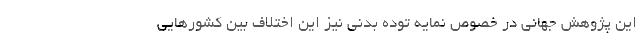
این پژوهش جهانی در خصوص نمایه توده بدنی نیز این اختلاف بین کشور‌هایی